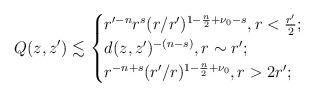
LaTeX: \begin{align*}Q(z, z')\lesssim \begin{cases}r'^{-n}r^{s}(r/r')^{1-\frac n2+\nu_0-s},r<\frac{r'}2;\\d(z,z')^{-(n-s)},r\sim r';\\r^{-n+s}(r'/r)^{1-\frac n2+\nu_0},r>2r';\end{cases}\end{align*}